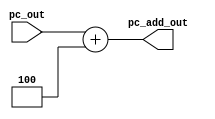
module pc_add (
    input  [31: 0] pc_out,
    output [31: 0] pc_add_out
);
    assign pc_add_out = pc_out + 4;

endmodule //pc_add